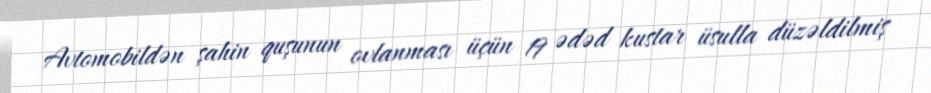
Avtomobildən şahin quşunun ovlanması üçün 19 ədəd kustar üsulla düzəldilmiş